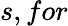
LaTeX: s,for